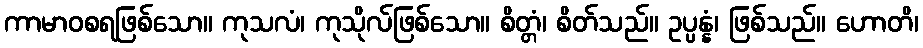
ကာမာဝစရဖြစ်သော။ ကုသလံ၊ ကုသိုလ်ဖြစ်သော။ စိတ္တံ၊ စိတ်သည်။ ဥပ္ပန္နံ၊ ဖြစ်သည်။ ဟောတိ၊